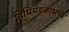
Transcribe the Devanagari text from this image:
विधिमंडळामध्‍ये